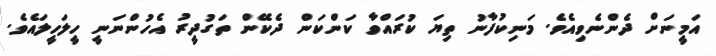
އަމީނަށް ދެންނެވިއެވެ. މަނިކުފާނު ތިޔަ ކުރައްވާ ކަންކަން ދެކޭން ތަގުދީރު އެހުންނަނީ ހީލަހީލައެވެ.